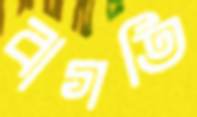
বাগতি